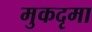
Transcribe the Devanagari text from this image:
मुकदृमा